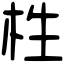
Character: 栍